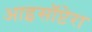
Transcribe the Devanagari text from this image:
आइसॉप्टेरा